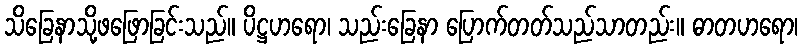
သိခြေနာသို့ဖဖြောခြင်းသည်။ ပိဋ္ဌဟရော၊ သည်းခြေနာ ပြောက်တတ်သည်သာတည်း။ ဓာတဟရော၊